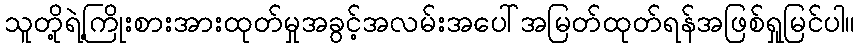
သူတို့ရဲ့ကြိုးစားအားထုတ်မှုအခွင့်အလမ်းအပေါ်အမြတ်ထုတ်ရန်အဖြစ်ရှုမြင်ပါ။